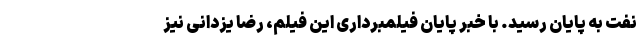
نفت به پایان رسید. با خبر پایان فیلمبرداری این فیلم، رضا یزدانی نیز